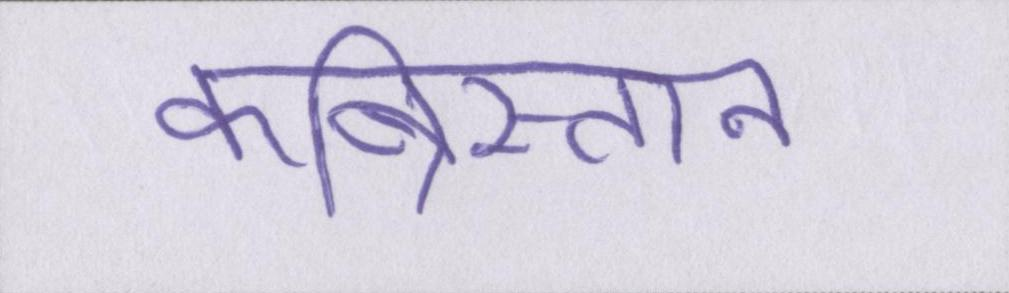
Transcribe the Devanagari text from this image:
कब्रिस्तान